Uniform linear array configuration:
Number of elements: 64
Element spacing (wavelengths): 1
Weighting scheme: blackman
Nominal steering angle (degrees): -15
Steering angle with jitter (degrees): -13.642
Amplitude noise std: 0.05
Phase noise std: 0.05

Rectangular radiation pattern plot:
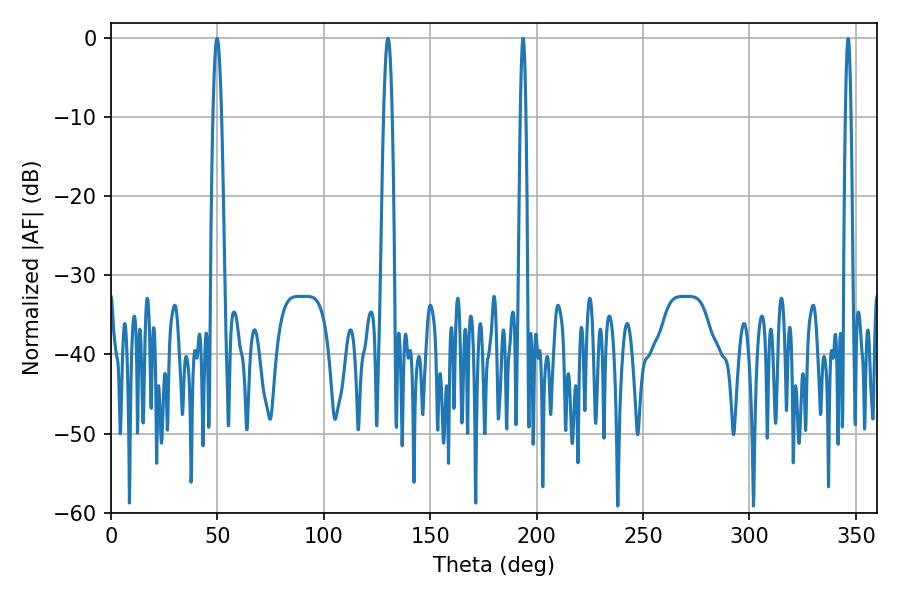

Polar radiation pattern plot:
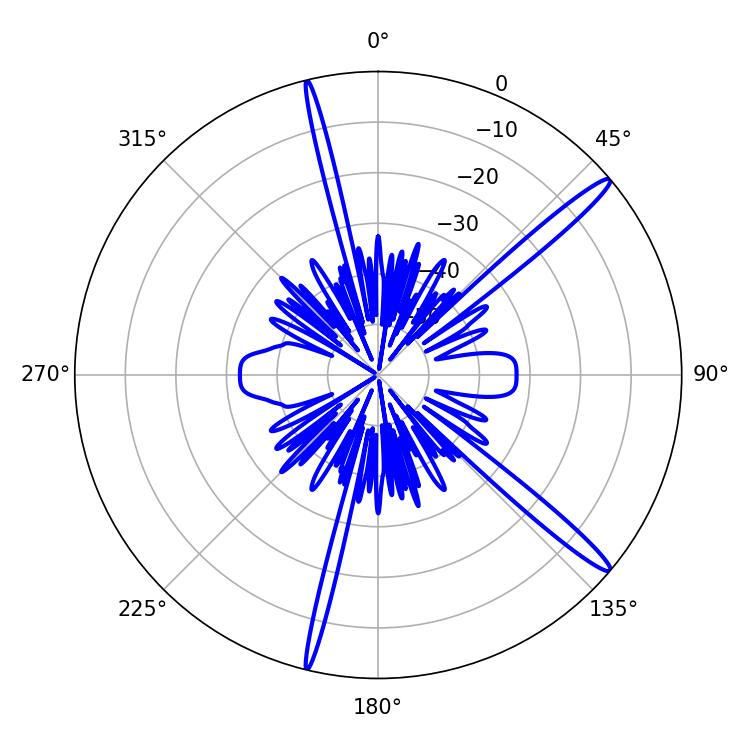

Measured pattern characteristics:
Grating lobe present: TRUE
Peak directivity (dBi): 15.872
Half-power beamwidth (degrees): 2.16
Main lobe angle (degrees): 49.86